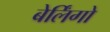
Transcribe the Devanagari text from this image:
बेर्लिंगो